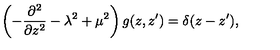
\left( - { \frac { \partial ^ { 2 } } { \partial z ^ { 2 } } } - \lambda ^ { 2 } + \mu ^ { 2 } \right) g ( z , z ^ { \prime } ) = \delta ( z - z ^ { \prime } ) ,